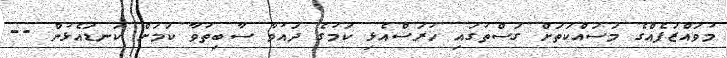
މުވައްޒަފެއްގެ މަސައްކަތަށް ގަސްތުގައި ހުރަސްއެޅި ކަމުގެ ދައުވާ ސާބިތުވާ ކަމަށް ކަނޑައެޅުން --